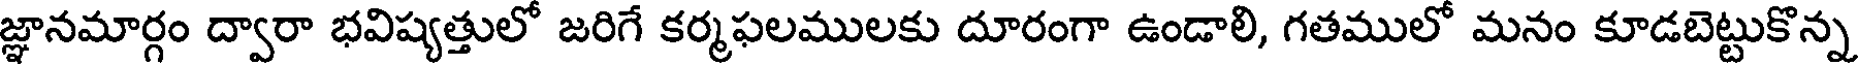
జ్ఞానమార్గం ద్వారా భవిష్యత్తులో జరిగే కర్మఫలములకు దూరంగా ఉండాలి, గతములో మనం కూడబెట్టుకొన్న